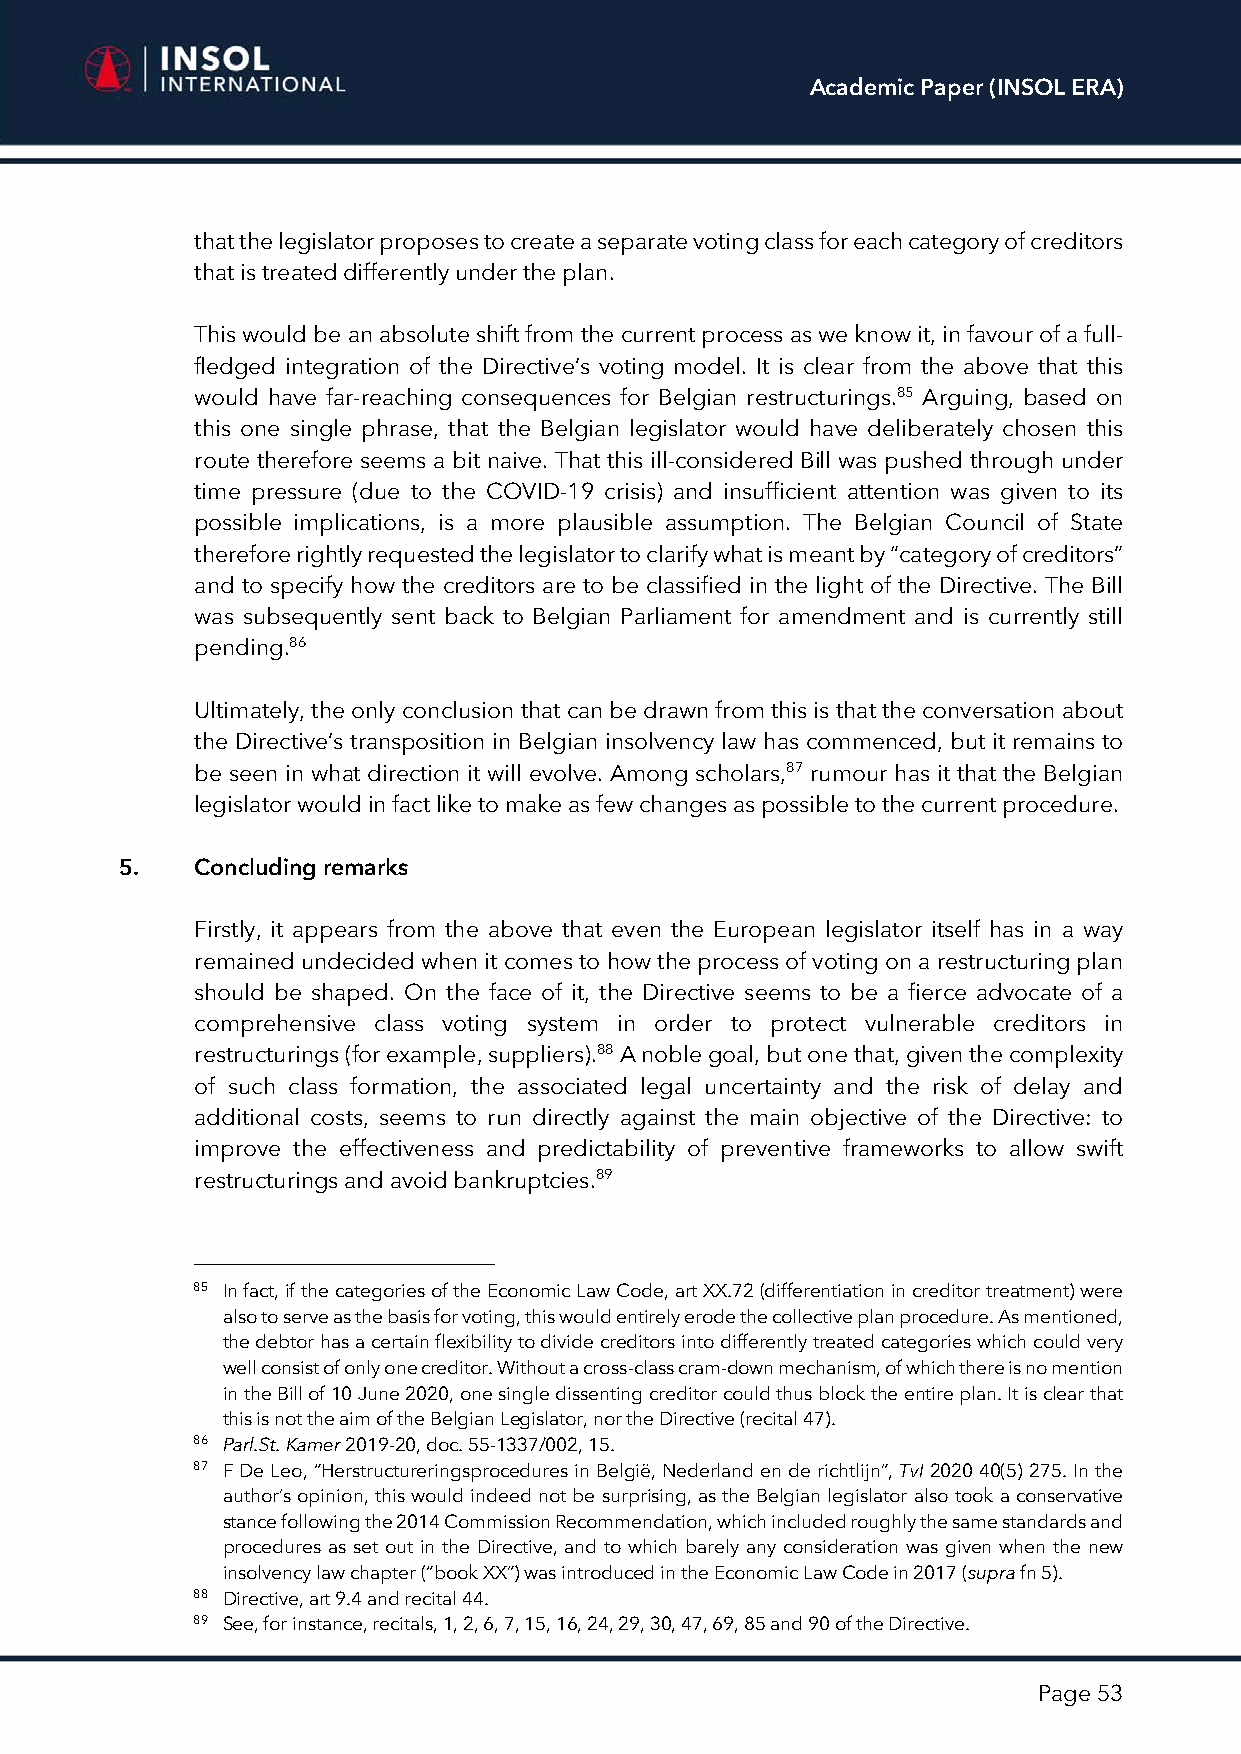
Academic Paper (INSOL ERA)
 that the legislator proposes to create a separate voting class for each category of creditors
 that is treated differently under the plan.
 This would be an absolute shift from the current process as we know it, in favour of a full-
 fledged integration of the Directive’s voting model. It is clear from the above that this
 would have far-reaching consequences for Belgian restructurings.85 Arguing, based on
 this one single phrase, that the Belgian legislator would have deliberately chosen this
 route therefore seems a bit naive. That this ill-considered Bill was pushed through under
 time pressure (due to the COVID-19 crisis) and insufficient attention was given to its
 possible implications, is a more plausible assumption. The Belgian Council of State
 therefore rightly requested the legislator to clarify what is meant by “category of creditors”
 and to specify how the creditors are to be classified in the light of the Directive. The Bill
 was subsequently sent back to Belgian Parliament for amendment and is currently still
 pending.86
 Ultimately, the only conclusion that can be drawn from this is that the conversation about
 the Directive’s transposition in Belgian insolvency law has commenced, but it remains to
 be seen in what direction it will evolve. Among scholars,87 rumour has it that the Belgian
 legislator would in fact like to make as few changes as possible to the current procedure.
 5.   Concluding remarks
 Firstly, it appears from the above that even the European legislator itself has in a way
 remained undecided when it comes to how the process of voting on a restructuring plan
 should be shaped. On the face of it, the Directive seems to be a fierce advocate of a
 comprehensive class voting system in order to protect vulnerable creditors in
 restructurings (for example, suppliers).88 A noble goal, but one that, given the complexity
 of such class formation, the associated legal uncertainty and the risk of delay and
 additional costs, seems to run directly against the main objective of the Directive: to
 improve the effectiveness and predictability of preventive frameworks to allow swift
 restructurings and avoid bankruptcies.89
 85 In fact, if the categories of the Economic Law Code, art XX.72 (differentiation in creditor treatment) were
 also to serve as the basis for voting, this would entirely erode the collective plan procedure. As mentioned,
 the debtor has a certain flexibility to divide creditors into differently treated categories which could very
 well consist of only one creditor. Without a cross-class cram-down mechanism, of which there is no mention
 in the Bill of 10 June 2020, one single dissenting creditor could thus block the entire plan. It is clear that
 this is not the aim of the Belgian Legislator, nor the Directive (recital 47).
 86 Parl.St. Kamer 2019-20, doc. 55-1337/002, 15.
 87 F De Leo, “Herstructureringsprocedures in België, Nederland en de richtlijn”, TvI 2020 40(5) 275. In the
 author’s opinion, this would indeed not be surprising, as the Belgian legislator also took a conservative
 stance following the 2014 Commission Recommendation, which included roughly the same standards and
 procedures as set out in the Directive, and to which barely any consideration was given when the new
 insolvency law chapter (“book XX”) was introduced in the Economic Law Code in 2017 (supra fn 5).
 88 Directive, art 9.4 and recital 44.
 89 See, for instance, recitals, 1, 2, 6, 7, 15, 16, 24, 29, 30, 47, 69, 85 and 90 of the Directive.
 Page 53